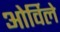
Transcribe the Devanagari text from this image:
ओर्विले